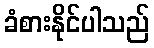
ခံစားနိုင်ပါသည်